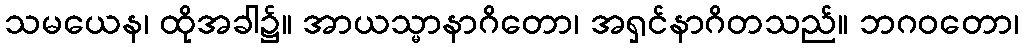
သမယေန၊ ထိုအခါ၌။ အာယသ္မာနာဂိတော၊ အရှင်နာဂိတသည်။ ဘဂဝတော၊